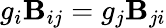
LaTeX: g_{i}\mathbf{B}_{ij}=g_{j}\mathbf{B}_{ji}